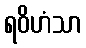
ရဝိဟံသာ